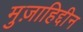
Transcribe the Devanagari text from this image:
मुज़ाहिद्दीन